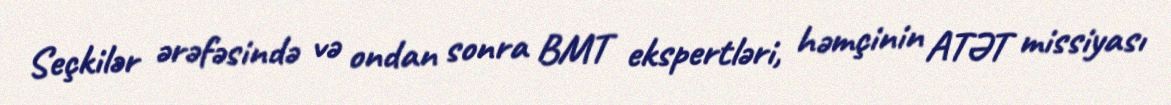
Seçkilər ərəfəsində və ondan sonra BMT ekspertləri, həmçinin ATƏT missiyası